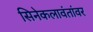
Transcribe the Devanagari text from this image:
सिनेकलावंतांवर